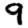
Digit: 9